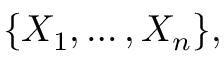
\{ X _ { 1 } , \dots , X _ { n } \} ,